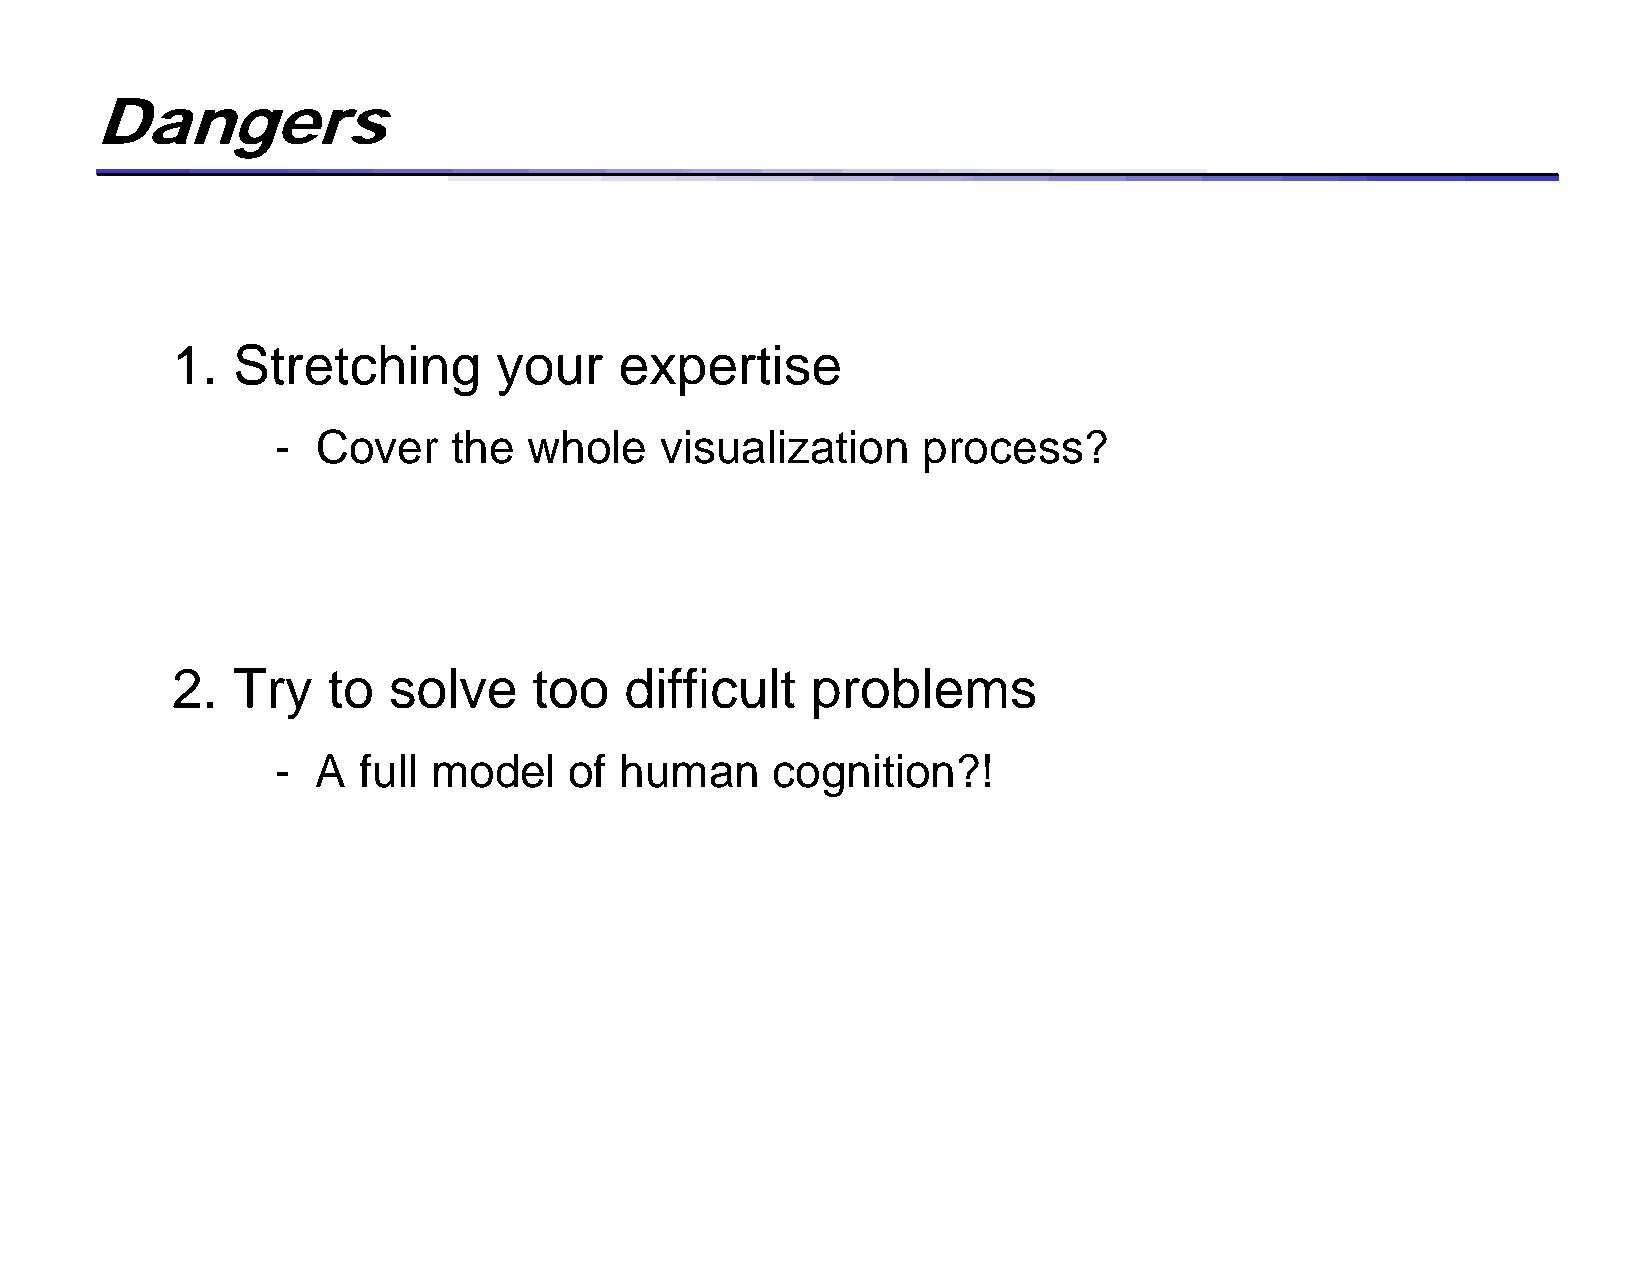
Dangers
 1.  Stretching        your    expertise
 -  Cover    the  whole    visualization    process?
 2.  Try    to  solve    too   difficult    problems
 -  A  full model    of human     cognition?!